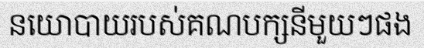
នយោបាយរបស់គណបក្សនីមួយៗផង